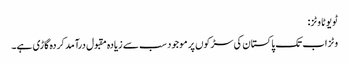
ٹویوٹا وٹز:
وٹز اب تک پاکستان کی سڑکوں پر موجود سب سے زیادہ مقبول درآمد کردہ گاڑی ہے۔